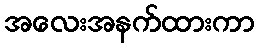
အလေးအနက်ထားကာ